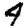
Digit: 4